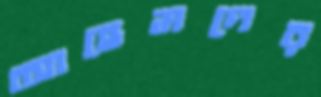
আহেমদের